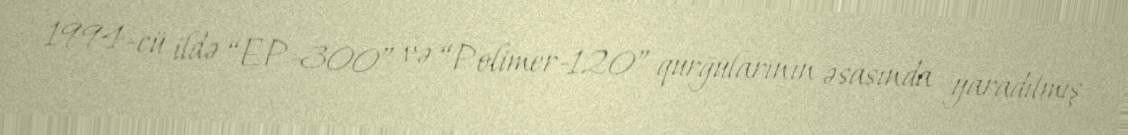
1994-cü ildə “EP-300” və “Polimer-120” qurğularının əsasında yaradılmış